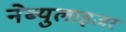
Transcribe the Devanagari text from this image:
नेब्युलाइजर